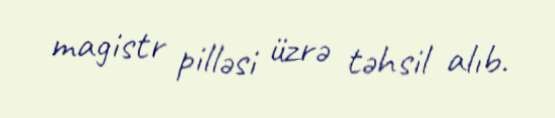
magistr pilləsi üzrə təhsil alıb.